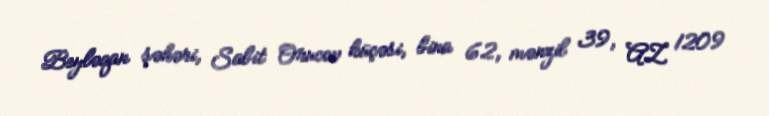
Beyləqan şəhəri, Sabit Orucov küçəsi, bina 62, mənzil 39, AZ 1209